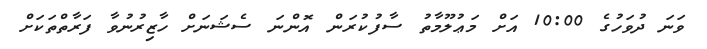
ވަނަ ދުވަހުގެ 10:00 އަށް މަޢުލޫމާތު ސާފުކުރަން އޮންނަ ސެޝަނަށް ހާޒިރުނުވާ ފަރާތްތަކަށް